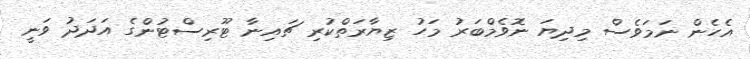
އެހެން ނަމަވެސް މިދިޔަ ނޮވެމްބަރު މަހު ޒިޔާރަތްކުރި ޗައިނާ ޓޫރިސްޓުންގެ އަދަދު ވަނީ